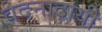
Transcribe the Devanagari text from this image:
वेदनादायी